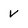
Character: v